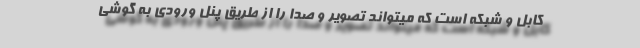
کابل و شبکه است که میتواند تصویر و صدا را از طریق پنل ورودی به گوشی